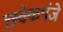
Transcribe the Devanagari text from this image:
छक्केपंजे